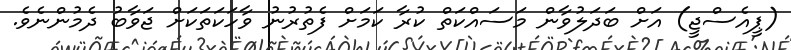
(ޕީއެސްޖީ) އަށް ބަދަލުވާން މަސައްކަތް ކުރާ ކަމަށް ފެތުރުނު ވާހަކަަތަކަށް ޖަވާބު ދެމުންނެވެ.